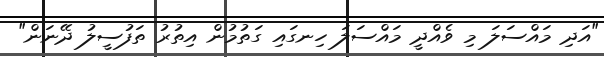
"އަދި މައްސަލަ މި ވެއްދީ މައްސަލަ ހިނގައި ގަތުމުން އިތުރު ތަފުސީލު ދޭނަން"